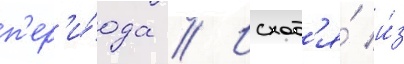
п'ер'и́ода // Исход'я́ и́з